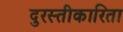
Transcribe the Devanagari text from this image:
दुरस्तीकारिता